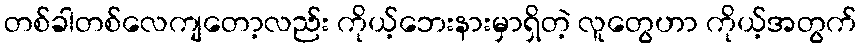
တစ်ခါတစ်လေကျတော့လည်း ကိုယ့်ဘေးနားမှာရှိတဲ့ လူတွေဟာ ကိုယ့်အတွက်